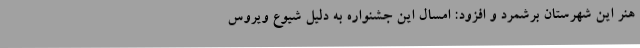
هنر این شهرستان برشمرد و افزود: امسال این جشنواره به دلیل شیوع ویروس